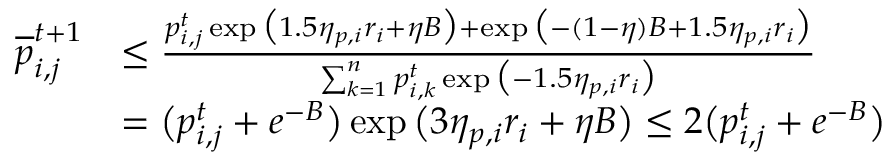
\begin{array} { r l } { \overline { { p } } _ { i , j } ^ { t + 1 } } & { \le \frac { p _ { i , j } ^ { t } \exp \big ( 1 . 5 \eta _ { p , i } r _ { i } + \eta B \big ) + \exp \big ( - ( 1 - \eta ) B + 1 . 5 \eta _ { p , i } r _ { i } \big ) } { \sum _ { k = 1 } ^ { n } p _ { i , k } ^ { t } \exp \big ( - 1 . 5 \eta _ { p , i } r _ { i } \big ) } } \\ & { = \big ( p _ { i , j } ^ { t } + e ^ { - B } \big ) \exp \big ( 3 \eta _ { p , i } r _ { i } + \eta B \big ) \le 2 \big ( p _ { i , j } ^ { t } + e ^ { - B } \big ) } \end{array}